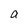
Character: a